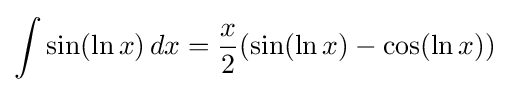
\int \sin(\ln x)\,dx={\frac {x}{2}}(\sin(\ln x)-\cos(\ln x))